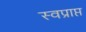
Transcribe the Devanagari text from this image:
स्वप्राप्त